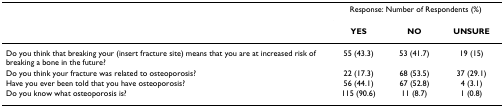
|  | <COLSPAN=3> Response: Number of Respondents (%) |
 |  | YES | NO | UNSURE |
 | --- | --- | --- | --- |
 | Do you think that breaking your (insert fracture site) means that you are at increased risk of breaking a bone in the future? | 55 (43.3) | 53 (41.7) | 19 (15) |
 | Do you think your fracture was related to osteoporosis? | 22 (17.3) | 68 (53.5) | 37 (29.1) |
 | Have you ever been told that you have osteoporosis? | 56 (44.1) | 67 (52.8) | 4 (3.1) |
 | Do you know what osteoporosis is? | 115 (90.6) | 11 (8.7) | 1 (0.8) |